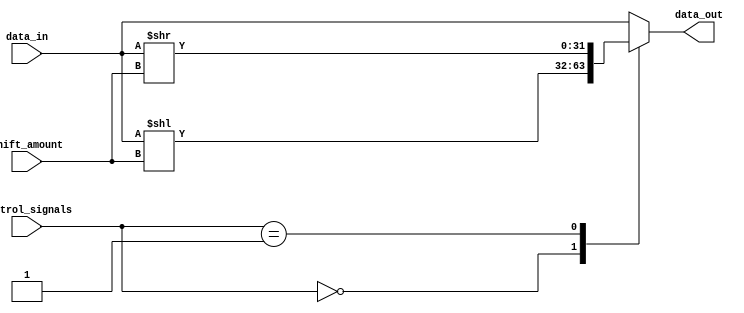
module sparse_barrel_shifter (
    input wire [31:0] data_in,
    input wire [4:0] shift_amount,
    input wire [4:0] control_signals,
    output wire [31:0] data_out
);

always @(*) begin
    case(control_signals)
        5'b00000 : data_out = data_in << shift_amount;
        5'b00001 : data_out = data_in >> shift_amount;
        // Add more shifting patterns here
        default : data_out = data_in; // No shifting
    endcase
end

endmodule